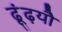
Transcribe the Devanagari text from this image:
ढूंढ़यौ